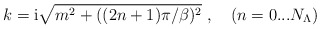
\begin{align*}k= {\rm i} \sqrt{m^2+((2n+1)\pi/\beta)^2}\ , \quad (n=0...N_{\Lambda})\end{align*}